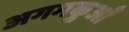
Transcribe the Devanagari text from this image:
अगमकुआँ